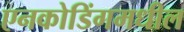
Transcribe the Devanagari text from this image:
एनकोडिंगमधील